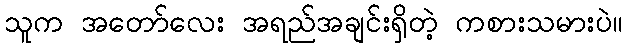
သူက အတော်လေး အရည်အချင်းရှိတဲ့ ကစားသမားပဲ။